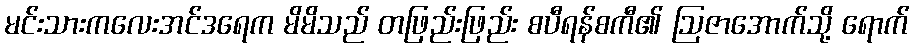
မင်းသားကလေးအင်ဒရေက မိမိသည် တဖြည်းဖြည်း စပီရန်စကီ၏ ဩဇာအောက်သို့ ရောက်